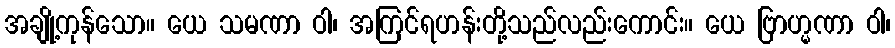
အချို့ကုန်သော။ ယေ သမဏာ ဝါ၊ အကြင်ရဟန်းတို့သည်လည်းကောင်း။ ယေ ဗြာဟ္မဏာ ဝါ၊